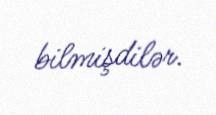
bilmişdilər.